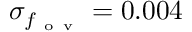
\sigma _ { f _ { \mathrm { ~ o ~ v ~ } } } = 0 . 0 0 4